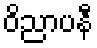
ဝိညာပနီ